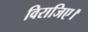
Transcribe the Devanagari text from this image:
विराजिए।